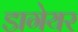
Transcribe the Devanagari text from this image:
डागेयर